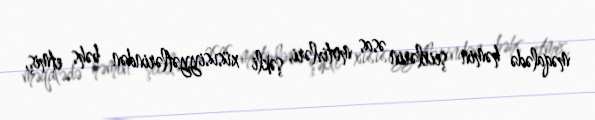
məqalədə həmin şeirlərin əsas motivləri, şəkli xüsusiyyətlərindən bəhs etmiş,